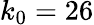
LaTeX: k_{0}=26